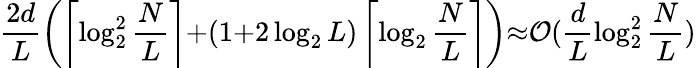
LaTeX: \frac{2d}{L}\left(\left\lceil\log_{2}^{2}\frac{N}{L}\right\rceil{+}(1{+}2\log_{2}L)\left\lceil\log_{2}\frac{N}{L}\right\rceil\right){\approx}\mathcal{O}(\frac{d}{L}\log_{2}^{2}\frac{N}{L})